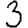
Digit: 3